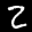
Label: 2